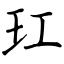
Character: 玒